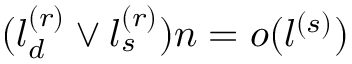
( l _ { d } ^ { ( r ) } \vee l _ { s } ^ { ( r ) } ) n = o ( l ^ { ( s ) } )